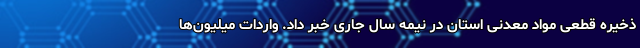
ذخیره قطعی مواد معدنی استان در نیمه سال جاری خبر داد. واردات میلیون‌ها